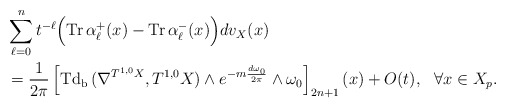
\begin{align*} &\sum^n_{\ell=0}t^{-\ell}\Bigr(\mathrm{Tr\,}\alpha^+_\ell(x)-\mathrm{Tr\,}\alpha^-_\ell(x)\Bigr)dv_X(x) \\&=\frac{1}{2\pi}\left[\mathrm{Td_b\,}(\nabla^{T^{1,0}X},T^{1,0}X)\wedge e^{-m\frac{d\omega_0}{2\pi}}\wedge\omega_0\right]_{2n+1}(x)+O(t),\ \ \forall x\in X_p.\end{align*}